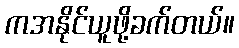
ကအနိုင်ယူဖို့ခက်တယ်။